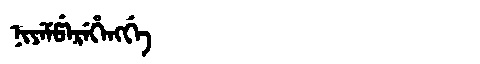
Manchu: ᠨᡳᠶᡝᠮᡦᡝᡵᡝᡥᡝᠩᡤᡝ
Romanization: NIYEMPEREHENGGE